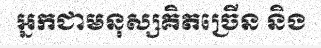
អ្នកជាមនុស្សគិតច្រើន និង